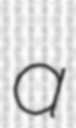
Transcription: a